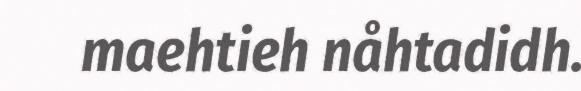
maehtieh nåhtadidh.